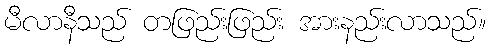
မီလာနီသည် တဖြည်းဖြည်း အားနည်းလာသည်။